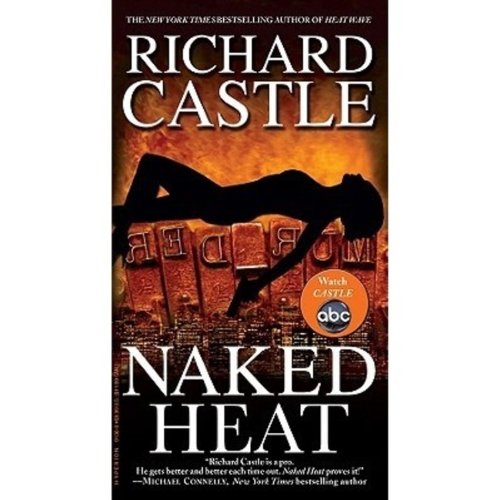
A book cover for Naked Heat (Nikki Heat); Richard Castle; Science Fiction & Fantasy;